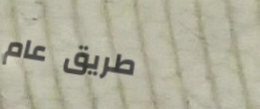
طريق عام